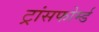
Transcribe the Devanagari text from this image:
ट्रांसफोर्म्ड